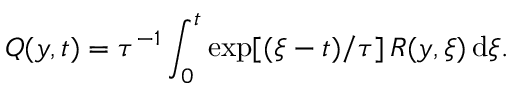
Q ( y , t ) = \tau ^ { - 1 } \int _ { 0 } ^ { t } \exp [ ( \xi - t ) / \tau ] \, R ( y , \xi ) { \, \mathrm { { d } } } \xi .